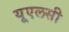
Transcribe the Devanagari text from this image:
यूएलसी